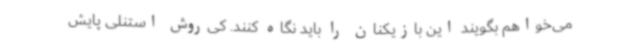
می‌خواهم بگویند این بازیکنان را باید نگاه کنند. کی‌روش استنلی پایش